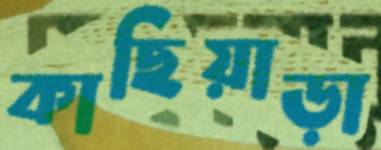
কাছিয়াড়া